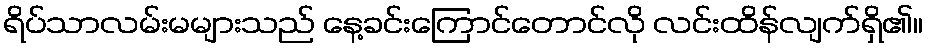
ရိပ်သာလမ်းမများသည် နေ့ခင်းကြောင်တောင်လို လင်းထိန်လျက်ရှိ၏။